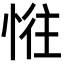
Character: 𢛛